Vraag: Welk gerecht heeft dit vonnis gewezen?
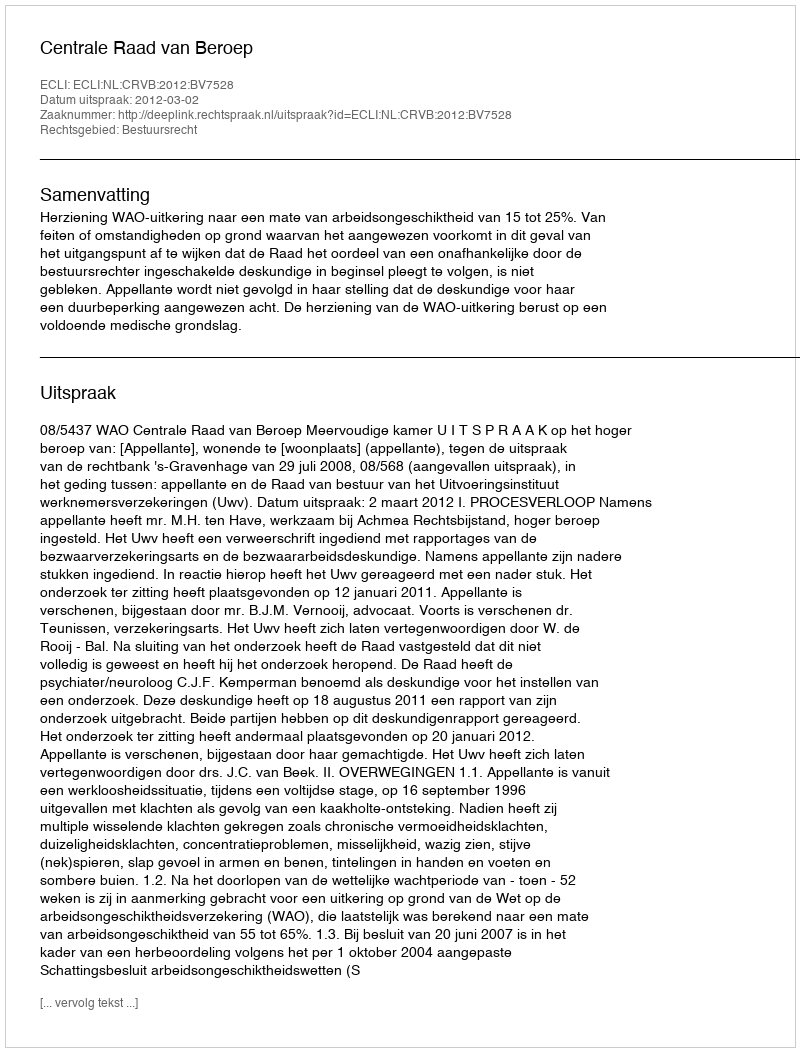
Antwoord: Centrale Raad van Beroep